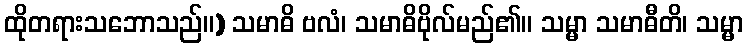
ထိုတရားသဘောသည်။) သမာဓိ ဗလံ၊ သမာဓိဗိုလ်မည်၏။ သမ္မာ သမာဓီတိ၊ သမ္မာ